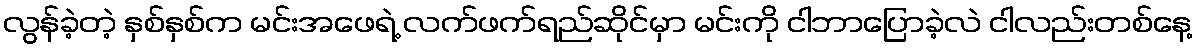
လွန်ခဲ့တဲ့ နှစ်နှစ်က မင်းအဖေရဲ့ လက်ဖက်ရည်ဆိုင်မှာ မင်းကို ငါဘာပြောခဲ့လဲ ငါလည်းတစ်နေ့